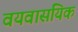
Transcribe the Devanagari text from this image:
वयवासयिक